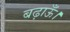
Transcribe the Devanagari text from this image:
बढ़ाऊँ।